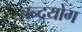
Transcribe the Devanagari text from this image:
चन्द्रयोग